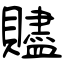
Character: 贐